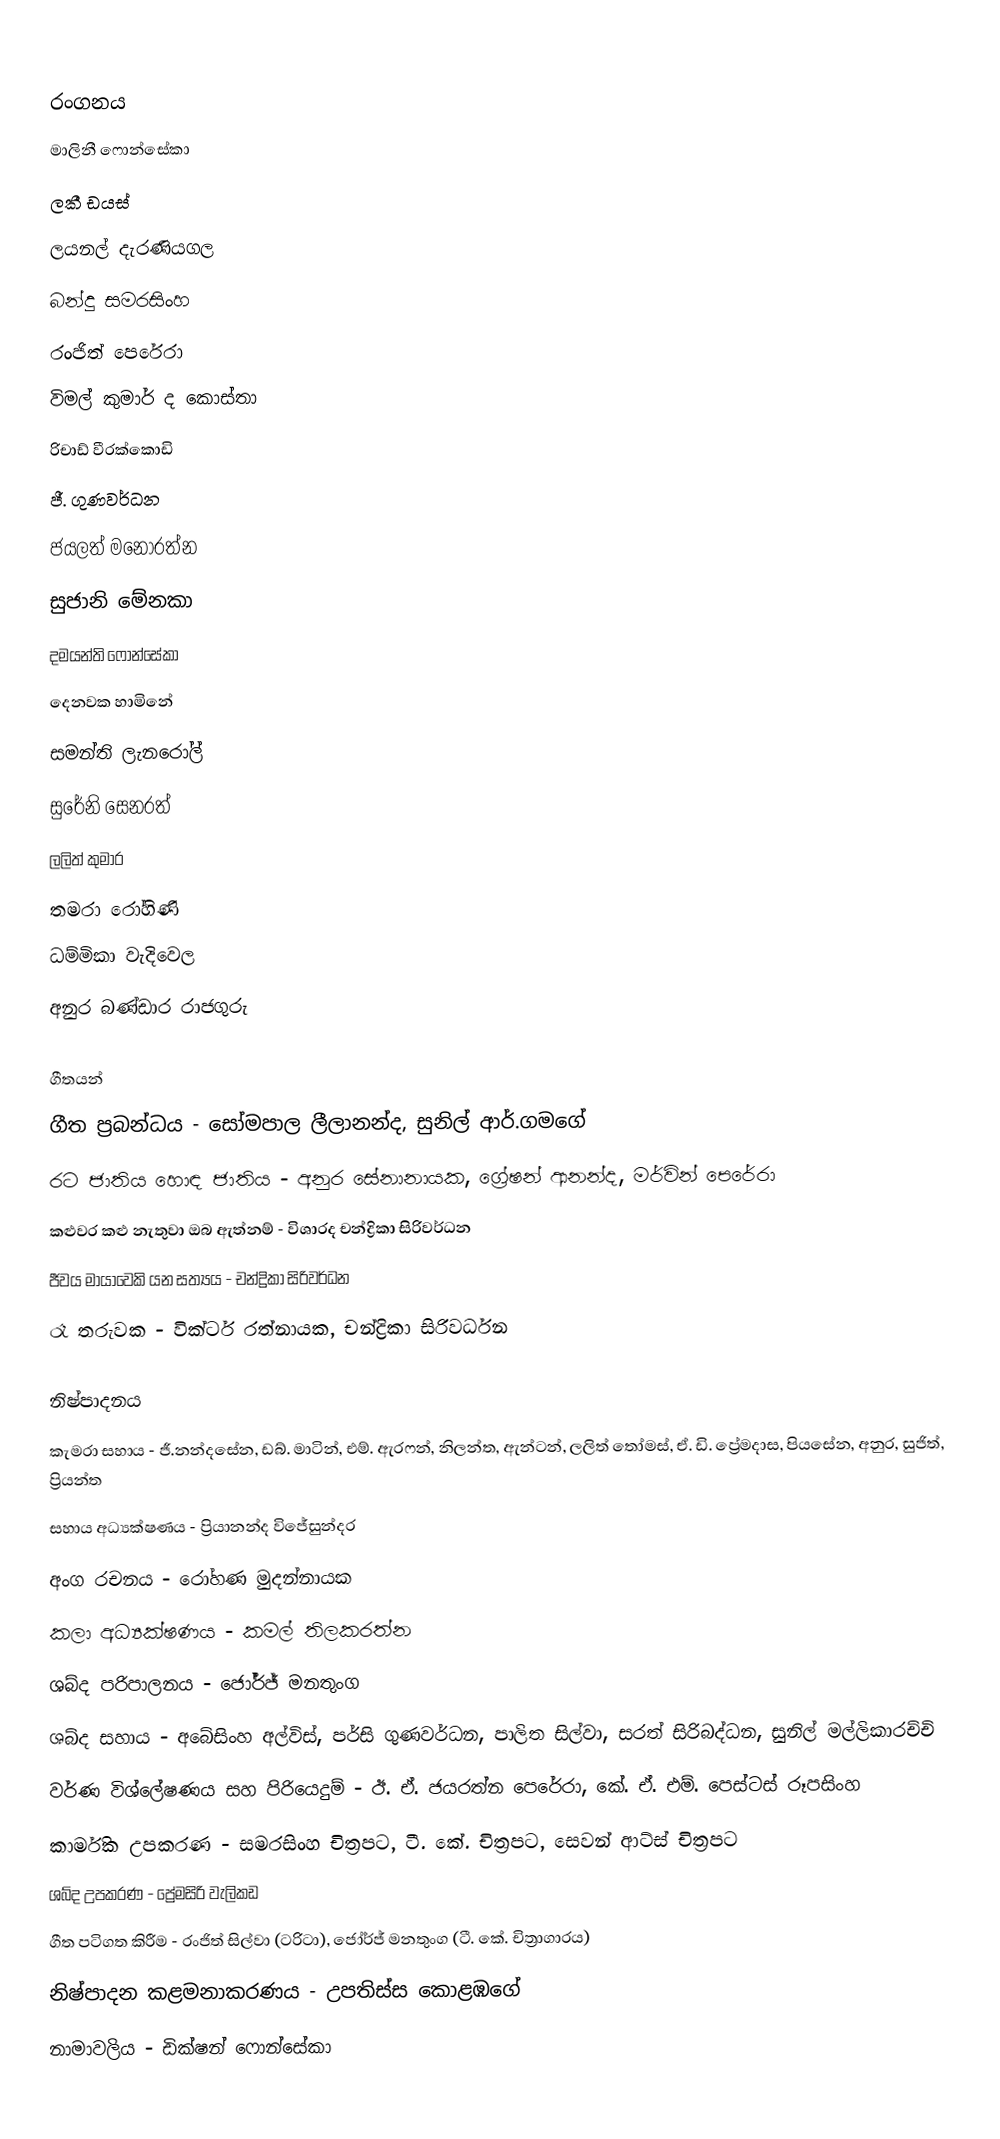

රංගනය
මාලිනී ෆොන්සේකා
ලකී ඩයස්
ලයනල් දැරණියගල
බන්දු සමරසිංහ
රංජිත් පෙරේරා
විමල් කුමාර් ද කොස්තා
රිචාඩ් වීරක්කොඩි
ජී. ගුණවර්ධන
ජයලත් මනෝරත්න
සුජානි මේනකා
දමයන්ති ෆොන්සේකා
දෙනවක හාමිනේ
සමන්ති ලැනරෝල්
සුරේනි සෙනරත්
ලලිත් කුමාර
තමරා රෝහිණි
ධම්මිකා වැදිවෙල
අනුර බණ්ඩාර රාජගුරු

ගීතයන්
ගීත ප්‍රබන්ධය - සෝමපාල ලීලානන්ද, සුනිල් ආර්.ගමගේ
රට ජාතිය හොඳ ජාතිය - අනුර සේනානායක, ග්‍රේෂන් ආනන්ද, මර්වින් පෙරේරා
කළුවර කළු නැතුවා ඔබ ඇත්නම් - විශාරද චන්ද්‍රිකා සිරිවර්ධන
ජීවය මායාවෙකි යන සත්‍යය - චන්ද්‍රිකා සිරිවර්ධන
රෑ තරුවක - වික්ටර් රත්නායක, චන්ද්‍රිකා සිරිවර්ධන

නිෂ්පාදනය
කැමරා සහාය - ජී.නන්දසේන, ඩබ්. මාටින්, එම්. ඇරෆන්, නිලන්ත, ඇන්ටන්, ලලිත් තෝමස්, ඒ. ඩි. ප්‍රේමදාස, පියසේන, අනුර, සුජිත්, ප්‍රියන්ත
සහාය අධ්‍යක්ෂණය - ප්‍රියානන්ද විජේසුන්දර
අංග රචනය - රෝහණ මුදන්නායක
කලා අධ්‍යක්ෂණය - කමල් තිලකරත්න
ශබ්ද පරිපාලනය - ජෝර්ජ් මනතුංග
ශබ්ද සහාය - අබේසිංහ අල්විස්, පර්සි ගුණවර්ධන, පාලිත සිල්වා, සරත් සිරිබද්ධන, සුනිල් මල්ලිකාරච්චි
වර්ණ විශ්ලේෂණය සහ පිරියෙදුම් - ඊ. ඒ. ජයරත්න පෙරේරා, කේ. ඒ. එම්. පෙස්ටස් රූපසිංහ
කාර්මික උපකරණ - සමරසිංහ චිත්‍රපට, ටී. කේ. චිත්‍රපට, සෙවන් ආට්ස් චිත්‍රපට
ශබ්ද උපකරණ - ප්‍රේමසිරි වැලිකඩ
ගීත පටිගත කිරීම - රංජිත් සිල්වා (ටරිටා), ජෝර්ජ් මනතුංග (ටී. කේ. චිත්‍රාගාරය)
නිෂ්පාදන කළමනාකරණය - උපතිස්ස කොළඹගේ
නාමාවලිය - ඩික්ෂන් ෆොන්සේකා